Report on vaccination North-West Frontier Province 1904-1922 - 1904-1922
Year: 1904
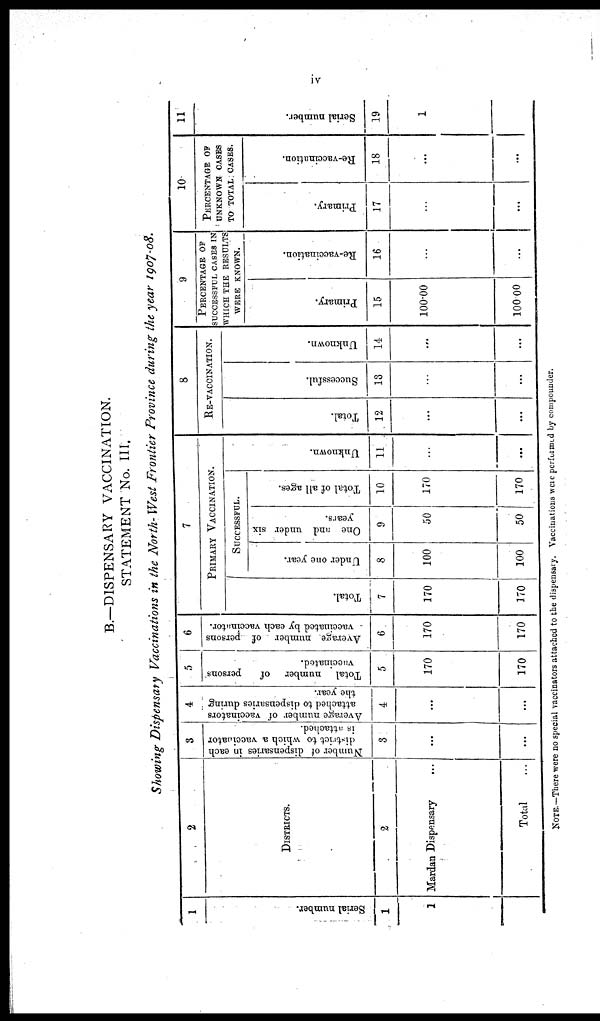
iv
B.—DISPENSARY VACCINATION.
STATEMENT No. III.
Showing Dispensary Vaccinations in the North- West Frontier Province during the year 1907-08.
1
Serial number.
1
1
2
DISTRICTS.
2
Mardan Dispensary ...
Total ...
3
Number of dispensaries in each
district to which a vaccinator
is attached.
3
...
...
4
Average number of vaccinators
attached to dispensaries during
the year.
4
...
...
5
Total number of
persons
vaccinated.
5
170
170
6
Average number of persons
vaccinated by each vaccinator.
6
170
170
7
PRIMARY VACCINATION.
Total.
7
170
170
Successful.
Under one year.
8
100
100
One and under six
years.
9
50
50
Total of all ages.
10
170
170
Unknown.
11
...
...
8
RE-VACCINATION.
Total.
12
...
...
Successful.
13
...
...
Unknown.
14
...
...
9
PERCENTAGE OF
SUCCESSFUL CASES IN
WHICH THE RESULTS
WERE KNOWN.
Primary.
15
100.00
100.00
Re-vaccination.
16
...
...
10
PERCENTAGE OF
UNKNOWN CASES
TO TOTAL CASES.
Primary.
17
...
...
Re-vaccination.
18
...
...
11
Serial number.
19
1
NOTE.— There were no special vaccinators attached to the dispensary. Vaccinations were performed by compounder.